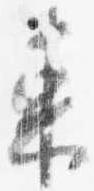
東